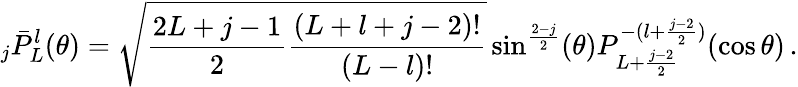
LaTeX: {}_{j}{\bar{P}}_{L}^{l}(\theta)={\sqrt{{\frac{2L+j-1}{2}}{\frac{(L+l+j-2)!}{(L-l)!}}}}\sin^{\frac{2-j}{2}}(\theta)P_{L+{\frac{j-2}{2}}}^{-(l+{\frac{j-2}{2}})}(\cos\theta)\, .